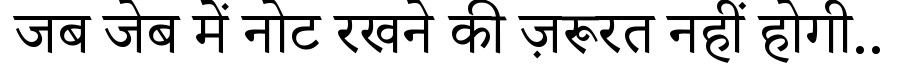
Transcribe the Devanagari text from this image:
जब जेब में नोट रखने की ज़रूरत नहीं होगी..